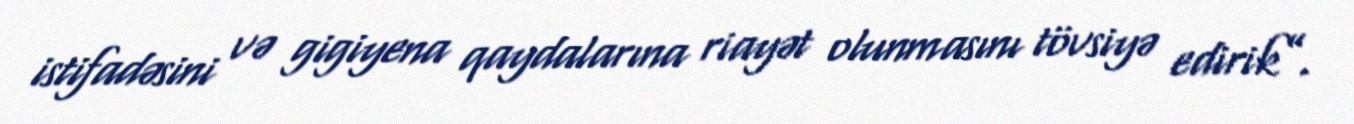
istifadəsini və gigiyena qaydalarına riayət olunmasını tövsiyə edirik”.